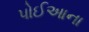
પોઈઆના